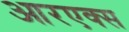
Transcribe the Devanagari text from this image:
आरएक्स